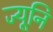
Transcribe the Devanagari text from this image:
ज्यूनि